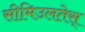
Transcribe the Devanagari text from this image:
सीमिउलतेस्